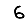
Digit: 6